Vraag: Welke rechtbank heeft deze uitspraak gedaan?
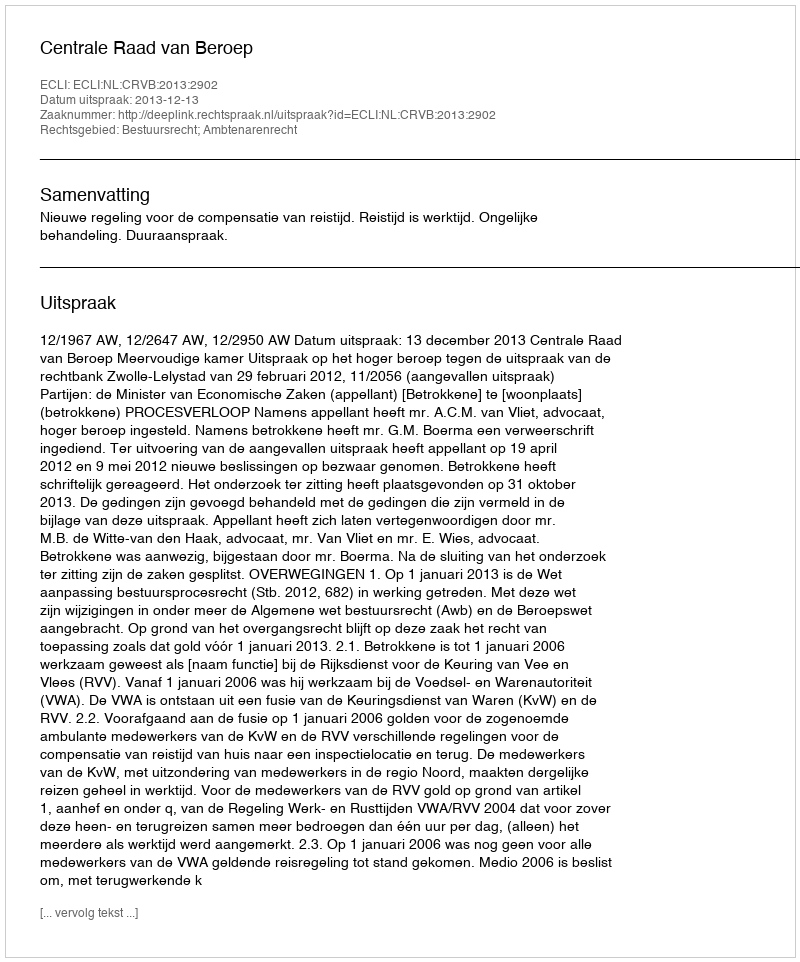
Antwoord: Centrale Raad van Beroep